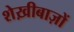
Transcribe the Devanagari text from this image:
शेख़ीबाज़ों